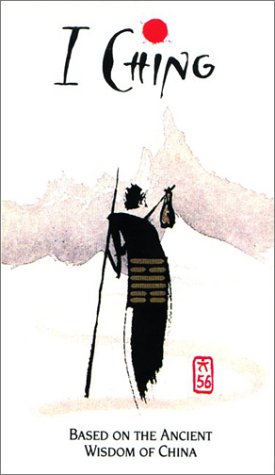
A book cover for I-Ching Holitzka Deck; Us Games Systems; Religion & Spirituality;